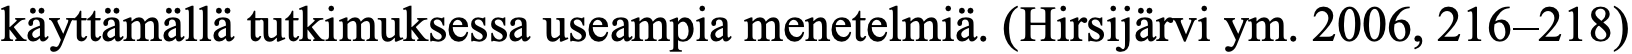
käyttämällä tutkimuksessa useampia menetelmiä. (Hirsijärvi ym. 2006, 216–218)